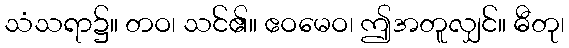
သံသရာ၌။ တဝ၊ သင်၏။ ဧဝမေဝ၊ ဤအတူလျှင်။ ဓီတု၊